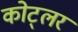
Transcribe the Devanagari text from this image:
कोट्लर